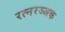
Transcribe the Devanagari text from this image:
रत्नरञ्जक